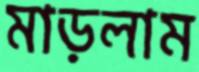
মাড়লাম